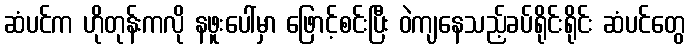
ဆံပင်က ဟိုတုန်းကလို နဖူးပေါ်မှာ ဖြောင့်စင်းပြီး ဝဲကျနေသည့်ခပ်ရိုင်းရိုင်း ဆံပင်တွေ